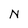
Character: N